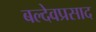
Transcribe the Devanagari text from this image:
बल्देवप्रसाद